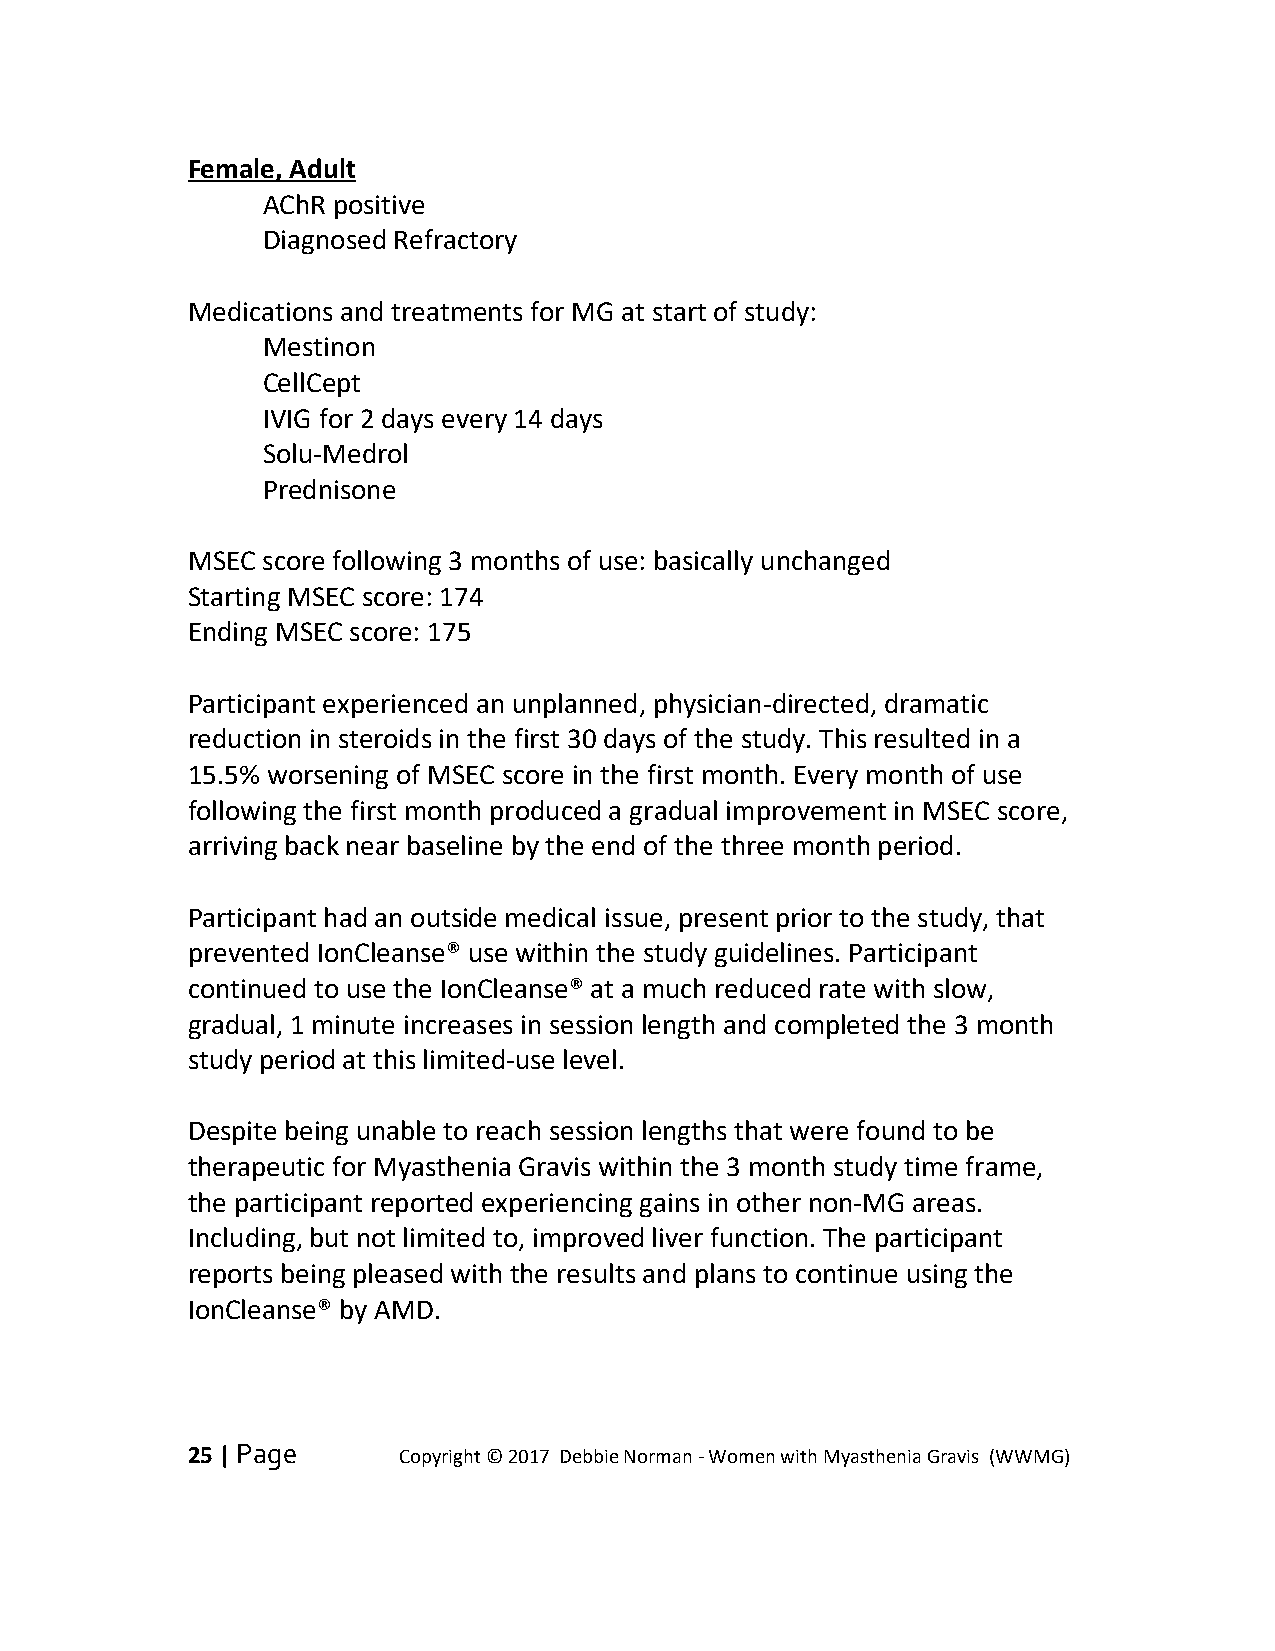
Female, Adult
 AChR positive
 Diagnosed Refractory
 Medications and treatments for MG at start of study:
 Mestinon
 CellCept
 IVIG for 2 days every 14 days
 Solu-Medrol
 Prednisone
 MSEC score following 3 months of use: basically unchanged
 Starting MSEC score: 174
 Ending MSEC score: 175
 Participant experienced an unplanned, physician-directed, dramatic
 reduction in steroids in the first 30 days of the study. This resulted in a
 15.5% worsening of MSEC score in the first month. Every month of use
 following the first month produced a gradual improvement in MSEC score,
 arriving back near baseline by the end of the three month period.
 Participant had an outside medical issue, present prior to the study, that
 prevented IonCleanse® use within the study guidelines. Participant
 continued to use the IonCleanse® at a much reduced rate with slow,
 gradual, 1 minute increases in session length and completed the 3 month
 study period at this limited-use level.
 Despite being unable to reach session lengths that were found to be
 therapeutic for Myasthenia Gravis within the 3 month study time frame,
 the participant reported experiencing gains in other non-MG areas.
 Including, but not limited to, improved liver function. The participant
 reports being pleased with the results and plans to continue using the
 IonCleanse® by AMD.
 25 | Page     Copyright © 2017 Debbie Norman - Women with Myasthenia Gravis (WWMG)